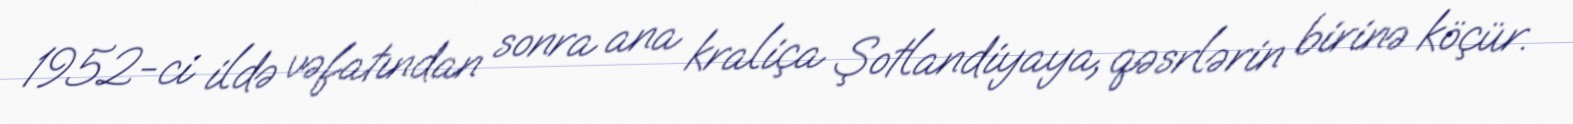
1952-ci ildə vəfatından sonra ana kraliça Şotlandiyaya, qəsrlərin birinə köçür.